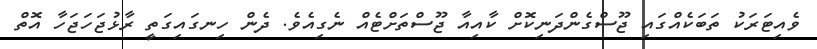
ވެއިޓަރަކު ތަބަކެއްގައި ޖޫސްގެންދަނިކޮށް ކާއިއާ ޖޫސްތަށްޓެއް ނެގިއެވެ. ދެން ހިނގައިގަތީ ރާޅުޖަހަޖަހާ އޮތް